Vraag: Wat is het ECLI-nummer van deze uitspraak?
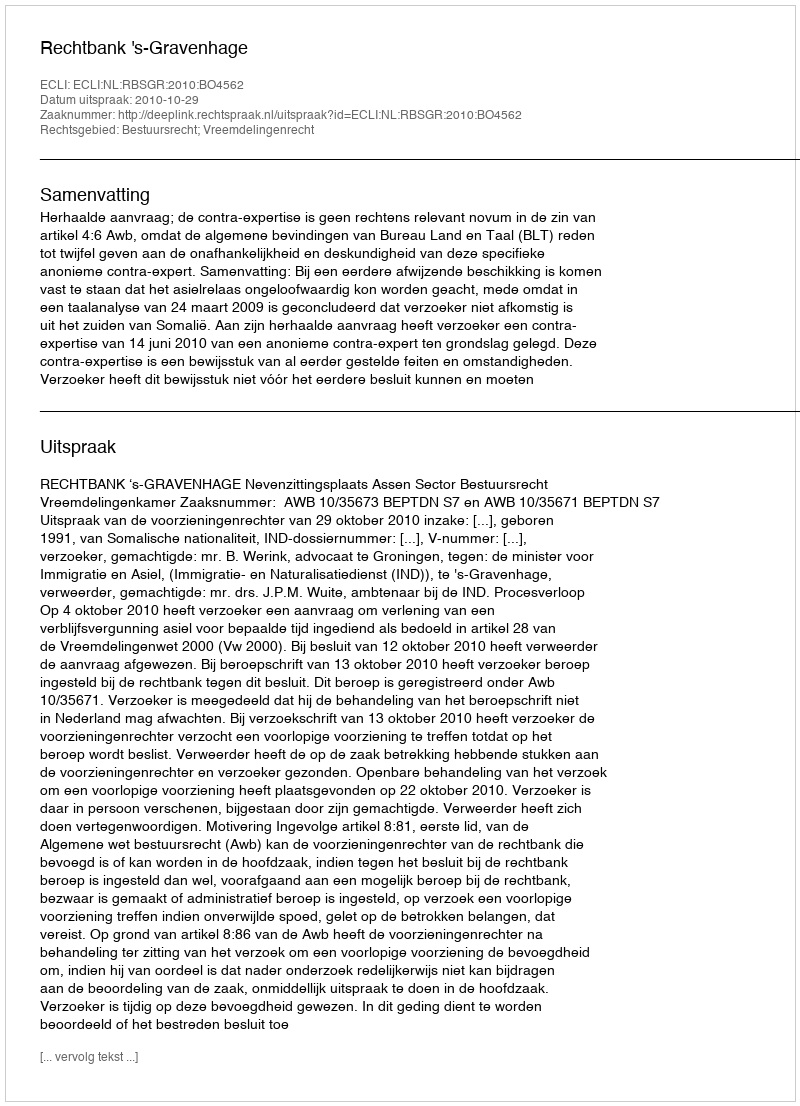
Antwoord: ECLI:NL:RBSGR:2010:BO4562